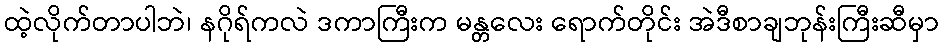
ထဲ့လိုက်တာပါဘဲ၊ နဂိုရ်ကလဲ ဒကာကြီးက မန္တလေး ရောက်တိုင်း အဲဒီစာချဘုန်းကြီးဆီမှာ